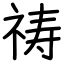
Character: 祷